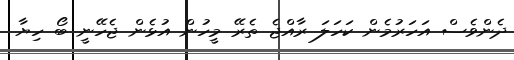
ދެންވެސް އަހަރުމެން ކަހަަަލަ ރާއްޖެ ތެރޭ މީހުން އުޅެން ޖެހޭނީ ބޯ ހިޔާ